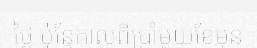
ថ្ងៃ ប៉ុន្តែកាលពីប្រាំមួយខែមុន